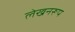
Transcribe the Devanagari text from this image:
लेखनरूप